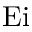
\mathrm { E i }